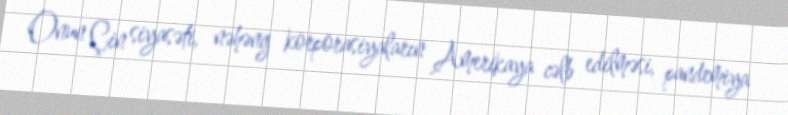
Onun Çin siyasəti, nəhəng korporasiyaların Amerikaya cəlb edilməsi, pandemiya